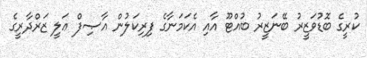
ކުރީގެ ބޮޑުވަޒީރު ބޭނަޒީރު ބުއްޓޫ އާއި އެކަމަނާގެ ފިރިކަލުން އާޞިފް ޢަލީ ޒަރްދާރީގެ